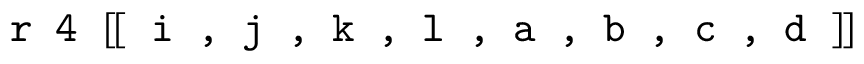
\texttt { r 4 } [ \! [ \texttt { i , j , k , l , a , b , c , d } ] \! ]